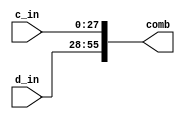
`timescale 1ns / 1ps
//////////////////////////////////////////////////////////////////////////////////
// Company: 
// Engineer: 
// 
// Design Name: 
// Module Name: unif_56_bit
// Project Name: 
// Target Devices: 
// Tool Versions: 
// Description: 
// 
// Dependencies: 
// 
// Revision:
// Revision 0.01 - File Created
// Additional Comments:
// 
//////////////////////////////////////////////////////////////////////////////////


module unif_56_bit(
    input [27:0] c_in,
    input [27:0] d_in,
    output [55:0] comb
    );
        assign comb[27:0]=c_in;
    assign comb[55:28]=d_in;
endmodule